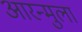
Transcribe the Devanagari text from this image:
आरन्मुला